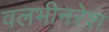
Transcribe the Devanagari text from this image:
वलभीनरेश